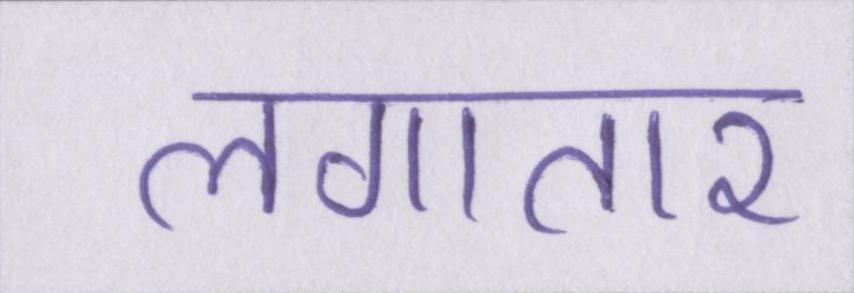
लगातार